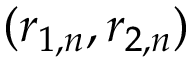
( r _ { 1 , n } , r _ { 2 , n } )